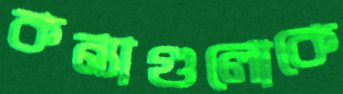
কন্যাগুলোকে